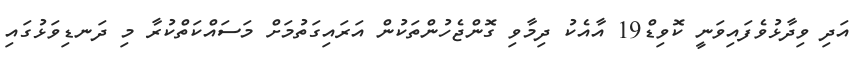
އަދި ވިދާޅުވެފައިވަނީ ކޮވިޑް19 އާއެކު ދިމާވި ގޮންޖެހުންތަކުން އަރައިގަތުމަށް މަސައްކަތްކުރާ މި ދަނޑިވަޅުގައި